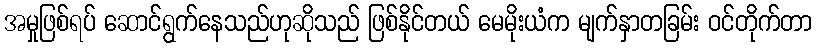
အမှုဖြစ်ရပ် ဆောင်ရွက်နေသည်ဟုဆိုသည် ဖြစ်နိုင်တယ် မေမိုးယံက မျက်နှာတခြမ်း ဝင်တိုက်တာ